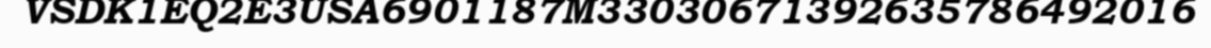
VSDK1EQ2E3USA6901187M33030671392635786492016